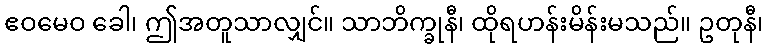
ဧဝမေဝ ခေါ၊ ဤအတူသာလျှင်။ သာဘိက္ခုနီ၊ ထိုရဟန်းမိန်းမသည်။ ဥတုနီ၊